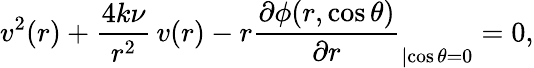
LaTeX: v^{2}(r)+\frac{4k\nu}{r^{2}}\, v(r)-r\frac{\partial\phi(r,\cos\theta)}{\partial r}_{|{\cos\theta=0}}=0,